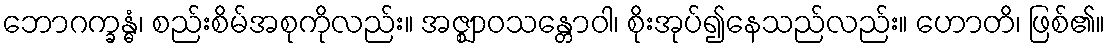
ဘောဂက္ခန္ဓံ၊ စည်းစိမ်အစုကိုလည်း။ အဇ္ဈာဝသန္တောဝါ၊ စိုးအုပ်၍နေသည်လည်း။ ဟောတိ၊ ဖြစ်၏။